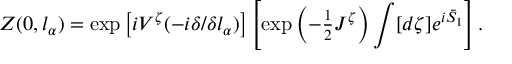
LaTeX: Z ( 0 , l _ { \alpha } ) = \exp \left[ i V ^ { \zeta } ( - i \delta / \delta l _ { \alpha } ) \right] \left[ \exp \left( - { \textstyle { \frac { 1 } { 2 } } } { \cal J } ^ { \zeta } \right) \int [ d \zeta ] e ^ { i \bar { S } _ { 1 } } \right] .